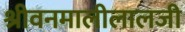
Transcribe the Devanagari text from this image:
श्रीवनमालीलालजी